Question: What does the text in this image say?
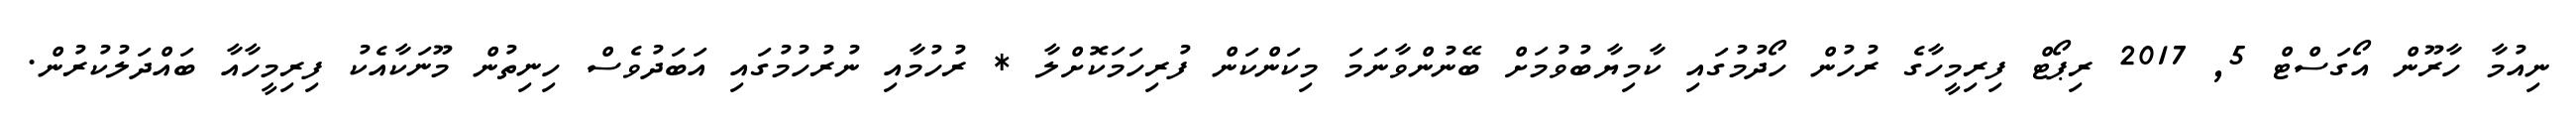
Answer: ނިއުމާ ހާރޫން އޯގަސްޓް 5, 2017 ރިޕޯޓް ފިރިމީހާގެ ރުހުން ހޯދުމުގައި ކާމިޔާބުވުމަށް ބޭނުންވާނަމަ މިކަންކަން ފުރިހަމަކޮށްލާ * ރުހުމާއި ނުރުހުމުގައި އަބަދުވެސް ހިނިތުން މޫނަކާއެކު ފިރިމީހާއާ ބައްދަލުކުރުން.